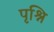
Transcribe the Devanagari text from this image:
पृश्नि